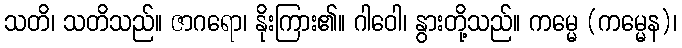
သတိ၊ သတိသည်။ ဇာဂရော၊ နိုးကြား၏။ ဂါဝေါ၊ နွားတို့သည်။ ကမ္မေ (ကမ္မေန)၊